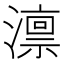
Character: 𪷤